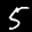
Label: 5